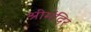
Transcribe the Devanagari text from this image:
श्रीमंदिर